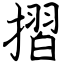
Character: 摺